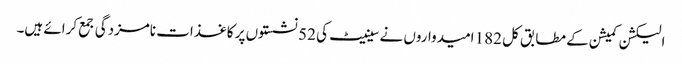
الیکشن کمیشن کے مطابق کل 182 امیدواروں نے سینیٹ کی 52 نشستوں پر کاغذات نامزدگی جمع کرائے ہیں۔